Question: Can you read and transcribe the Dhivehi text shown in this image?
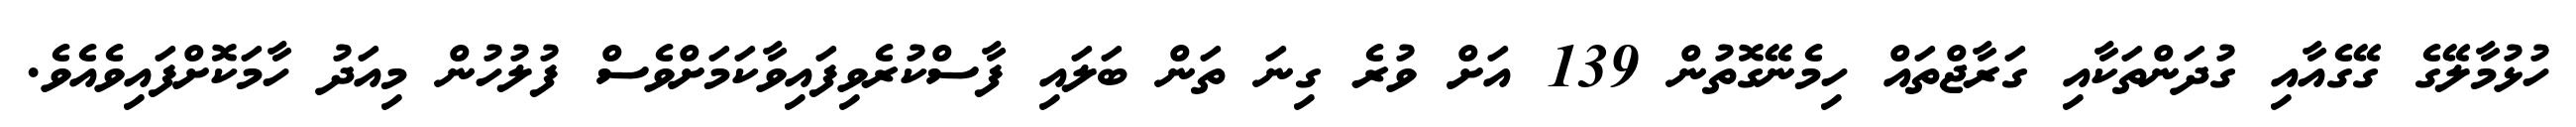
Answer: ހުޅުމާލޭގެ ގޭގެއާއި ގުދަންތަކާއި ގަރާޖްތައް ހިމެނޭގޮތުން 139 އަށް ވުރެ ގިނަ ތަން ބަލައި ފާސްކުރެވިފައިވާކަމަށްވެސް ފުލުހުން މިއަދު ހާމަކޮށްފައިވެއެވެ.